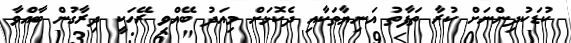
ކުޑަކުދިންނަށް ކުރާ ތަފާތު އަނިޔާތަކާއި ދެކޮޅަށް މިއަދު ބޭއްވި ރޭހަކީ ދިރާގުން ބާއްވާ